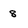
Character: 8